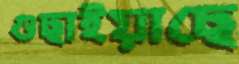
গুছাইয়াছে